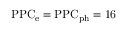
\mathrm { P P C _ { \mathrm { e } } = \mathrm { P P C _ { \mathrm { p h } } = 1 6 } }